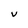
Character: V